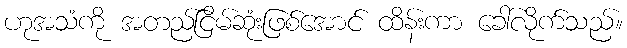
ဟုအသံကို အတည်ငြိမ်ဆုံးဖြစ်အောင် ထိန်းကာ ခေါ်လိုက်သည်။